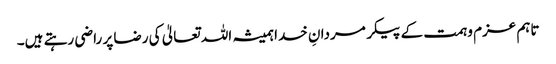
تاہم عزم و ہمت کے پیکر مردانِ خدا ہمیشہ اللہ تعالیٰ کی رضا پر راضی رہتے ہیں۔